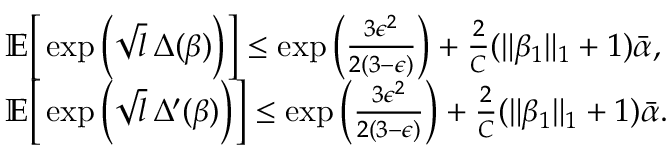
\begin{array} { r l } & { \mathbb { E } \Big [ \exp \Big ( \sqrt { l } \, \Delta ( \beta ) \Big ) \Big ] \leq \exp \Big ( \frac { 3 \epsilon ^ { 2 } } { 2 ( 3 - \epsilon ) } \Big ) + \frac { 2 } { C } ( \| \beta _ { 1 } \| _ { 1 } + 1 ) \bar { \alpha } , } \\ & { \mathbb { E } \Big [ \exp \Big ( \sqrt { l } \, \Delta ^ { \prime } ( \beta ) \Big ) \Big ] \leq \exp \Big ( \frac { 3 \epsilon ^ { 2 } } { 2 ( 3 - \epsilon ) } \Big ) + \frac { 2 } { C } ( \| \beta _ { 1 } \| _ { 1 } + 1 ) \bar { \alpha } . } \end{array}